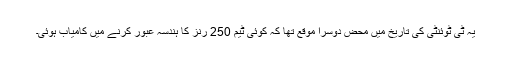
یہ ٹی ٹوئنٹی کی تاریخ میں محض دوسرا موقع تھا کہ کوئی ٹیم 250 رنز کا ہندسہ عبور کرنے میں کامیاب ہوئی۔